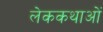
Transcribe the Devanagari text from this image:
लेककथाओं